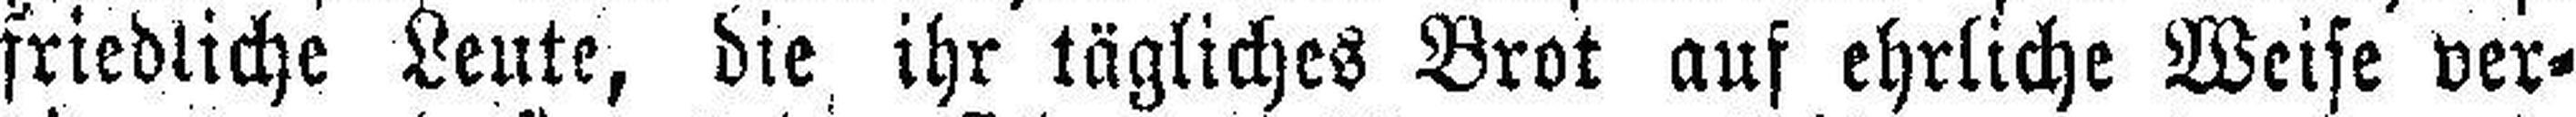
friedliche Leute, die ihr tägliches Brot auf ehrliche Weise ver¬